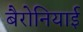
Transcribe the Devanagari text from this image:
बैरोनियाई